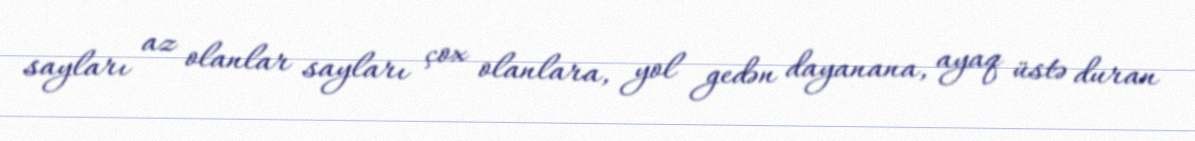
sayları az olanlar sayları çox olanlara, yol gedən dayanana, ayaq üstə duran